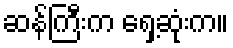
ဆန်ကြီးက ရှေ့ဆုံးက။